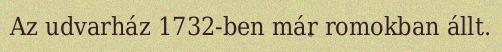
Az udvarház 1732-ben már romokban állt.